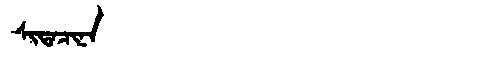
Manchu: ᠰᡳᡨᠠᠴᡳᠨᠠ
Romanization: SITACINA